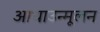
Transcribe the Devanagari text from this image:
आधाउन्मूलन